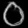
Digit: ၀